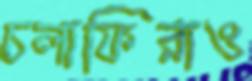
চলাফিরাও